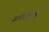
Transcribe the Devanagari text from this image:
आर्यभटापूर्वी